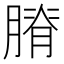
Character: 膌